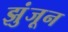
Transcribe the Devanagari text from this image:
झुंजून